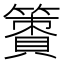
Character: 𥴹